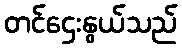
တင်ဌေးနွယ်သည်